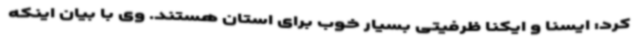
کرد: ایسنا و ایکنا ظرفیتی بسیار خوب برای استان هستند. وی با بیان اینکه